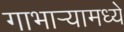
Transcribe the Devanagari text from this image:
गाभाऱ्यामध्ये